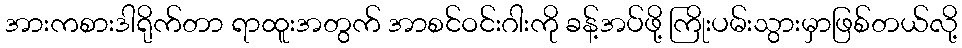
အားကစားဒါရိုက်တာ ရာထူးအတွက် အာစင်ဝင်းဂါးကို ခန့်အပ်ဖို့ ကြိုးပမ်းသွားမှာဖြစ်တယ်လို့